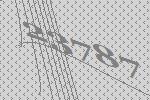
23787